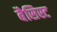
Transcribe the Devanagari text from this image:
बैसिस्ट